Report on the working of the Ranchi Indian Mental Hospital, Kanke, in Bihar and Orissa - 1930-1940
Year: 1930
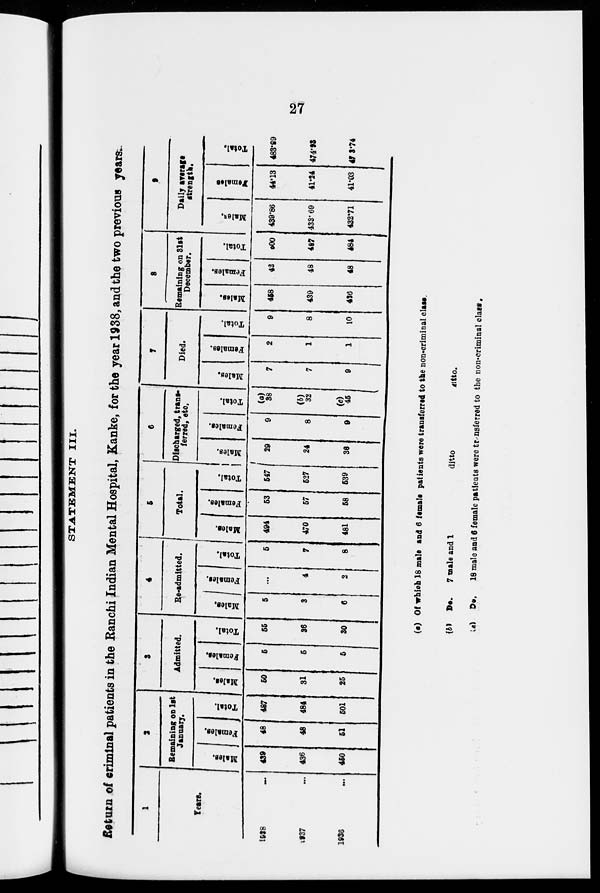
27
STATEMENT III.
Return of criminal patients in the Ranchi Indian Mental Hospital, Kanke, for the year 1938, and the two previous years.
1
Years.
1938
...
1937 ...
1936 ...
2
Remaining on 1st
January.
Males.
439
436
450
Females.
48
48
51
Total.
487
484
501
3
Admitted.
Males.
50
31
25
Females.
5
5
5
Total.
55
36
30
4
Re-admitted.
Males.
5
3
6
Females.
...
4
2
Total.
5
7
8
5
Total.
Males.
494
470
481
Females.
53
57
58
Total.
547
527
539
6
Discharged, trans-
ferred, etc.
Males.
29
24
36
Females.
9
8
9
Total.
(a)
38
(b)
32
(c)
45
7
Died.
Males.
7
7
9
Females.
2
1
1
Total.
9
8
10
8
Remaining on 31st
December.
Males.
458
439
436
Females.
42
48
48
Total.
600
487
484
9
Daily average
strength.
Males.
439.86
433.69
432.71
Females
44.13
41.24
41.03
Total.
483.99
474.93
47 3.74
(a) Of which 18 male and 6 female patients were transferred to the non-criminal class.
(b) Do.
7 male and 1
ditto
ditto.
(c) Do.
18 male and 6 female patients were transferred to the non-criminal class.